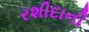
રશીદાની